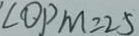
\angle Q P M = 2 5